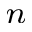
_ { n }